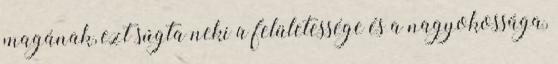
magának, ezt súgta neki a felületessége és a nagyokossága,